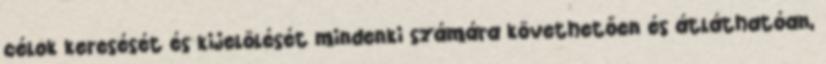
célok keresését és kijelölését mindenki számára követhetően és átláthatóan,